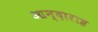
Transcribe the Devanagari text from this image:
आन्दाराह